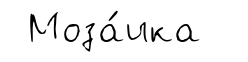
Моза́ика